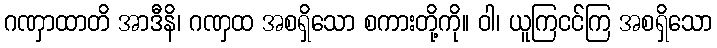
ဂဏှာထာတိ အာဒီနိ၊ ဂဏှထ အစရှိသော စကားတို့ကို။ ဝါ၊ ယူကြငင်ကြ အစရှိသော